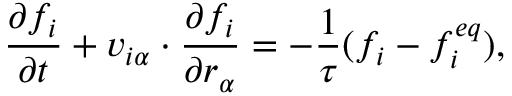
\frac { \partial f _ { i } } { \partial t } + v _ { i \alpha } \cdot \frac { \partial f _ { i } } { \partial r _ { \alpha } } = - \frac { 1 } { \tau } ( f _ { i } - f _ { i } ^ { e q } ) ,